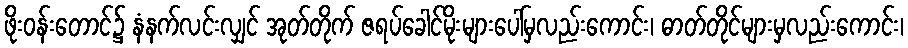
ဖိုးဝန်းတောင်၌ နံနက်လင်းလျှင် အုတ်တိုက် ဇရပ်ခေါင်မိုးများပေါ်မှလည်းကောင်း၊ ဓာတ်တိုင်များမှလည်းကောင်း၊